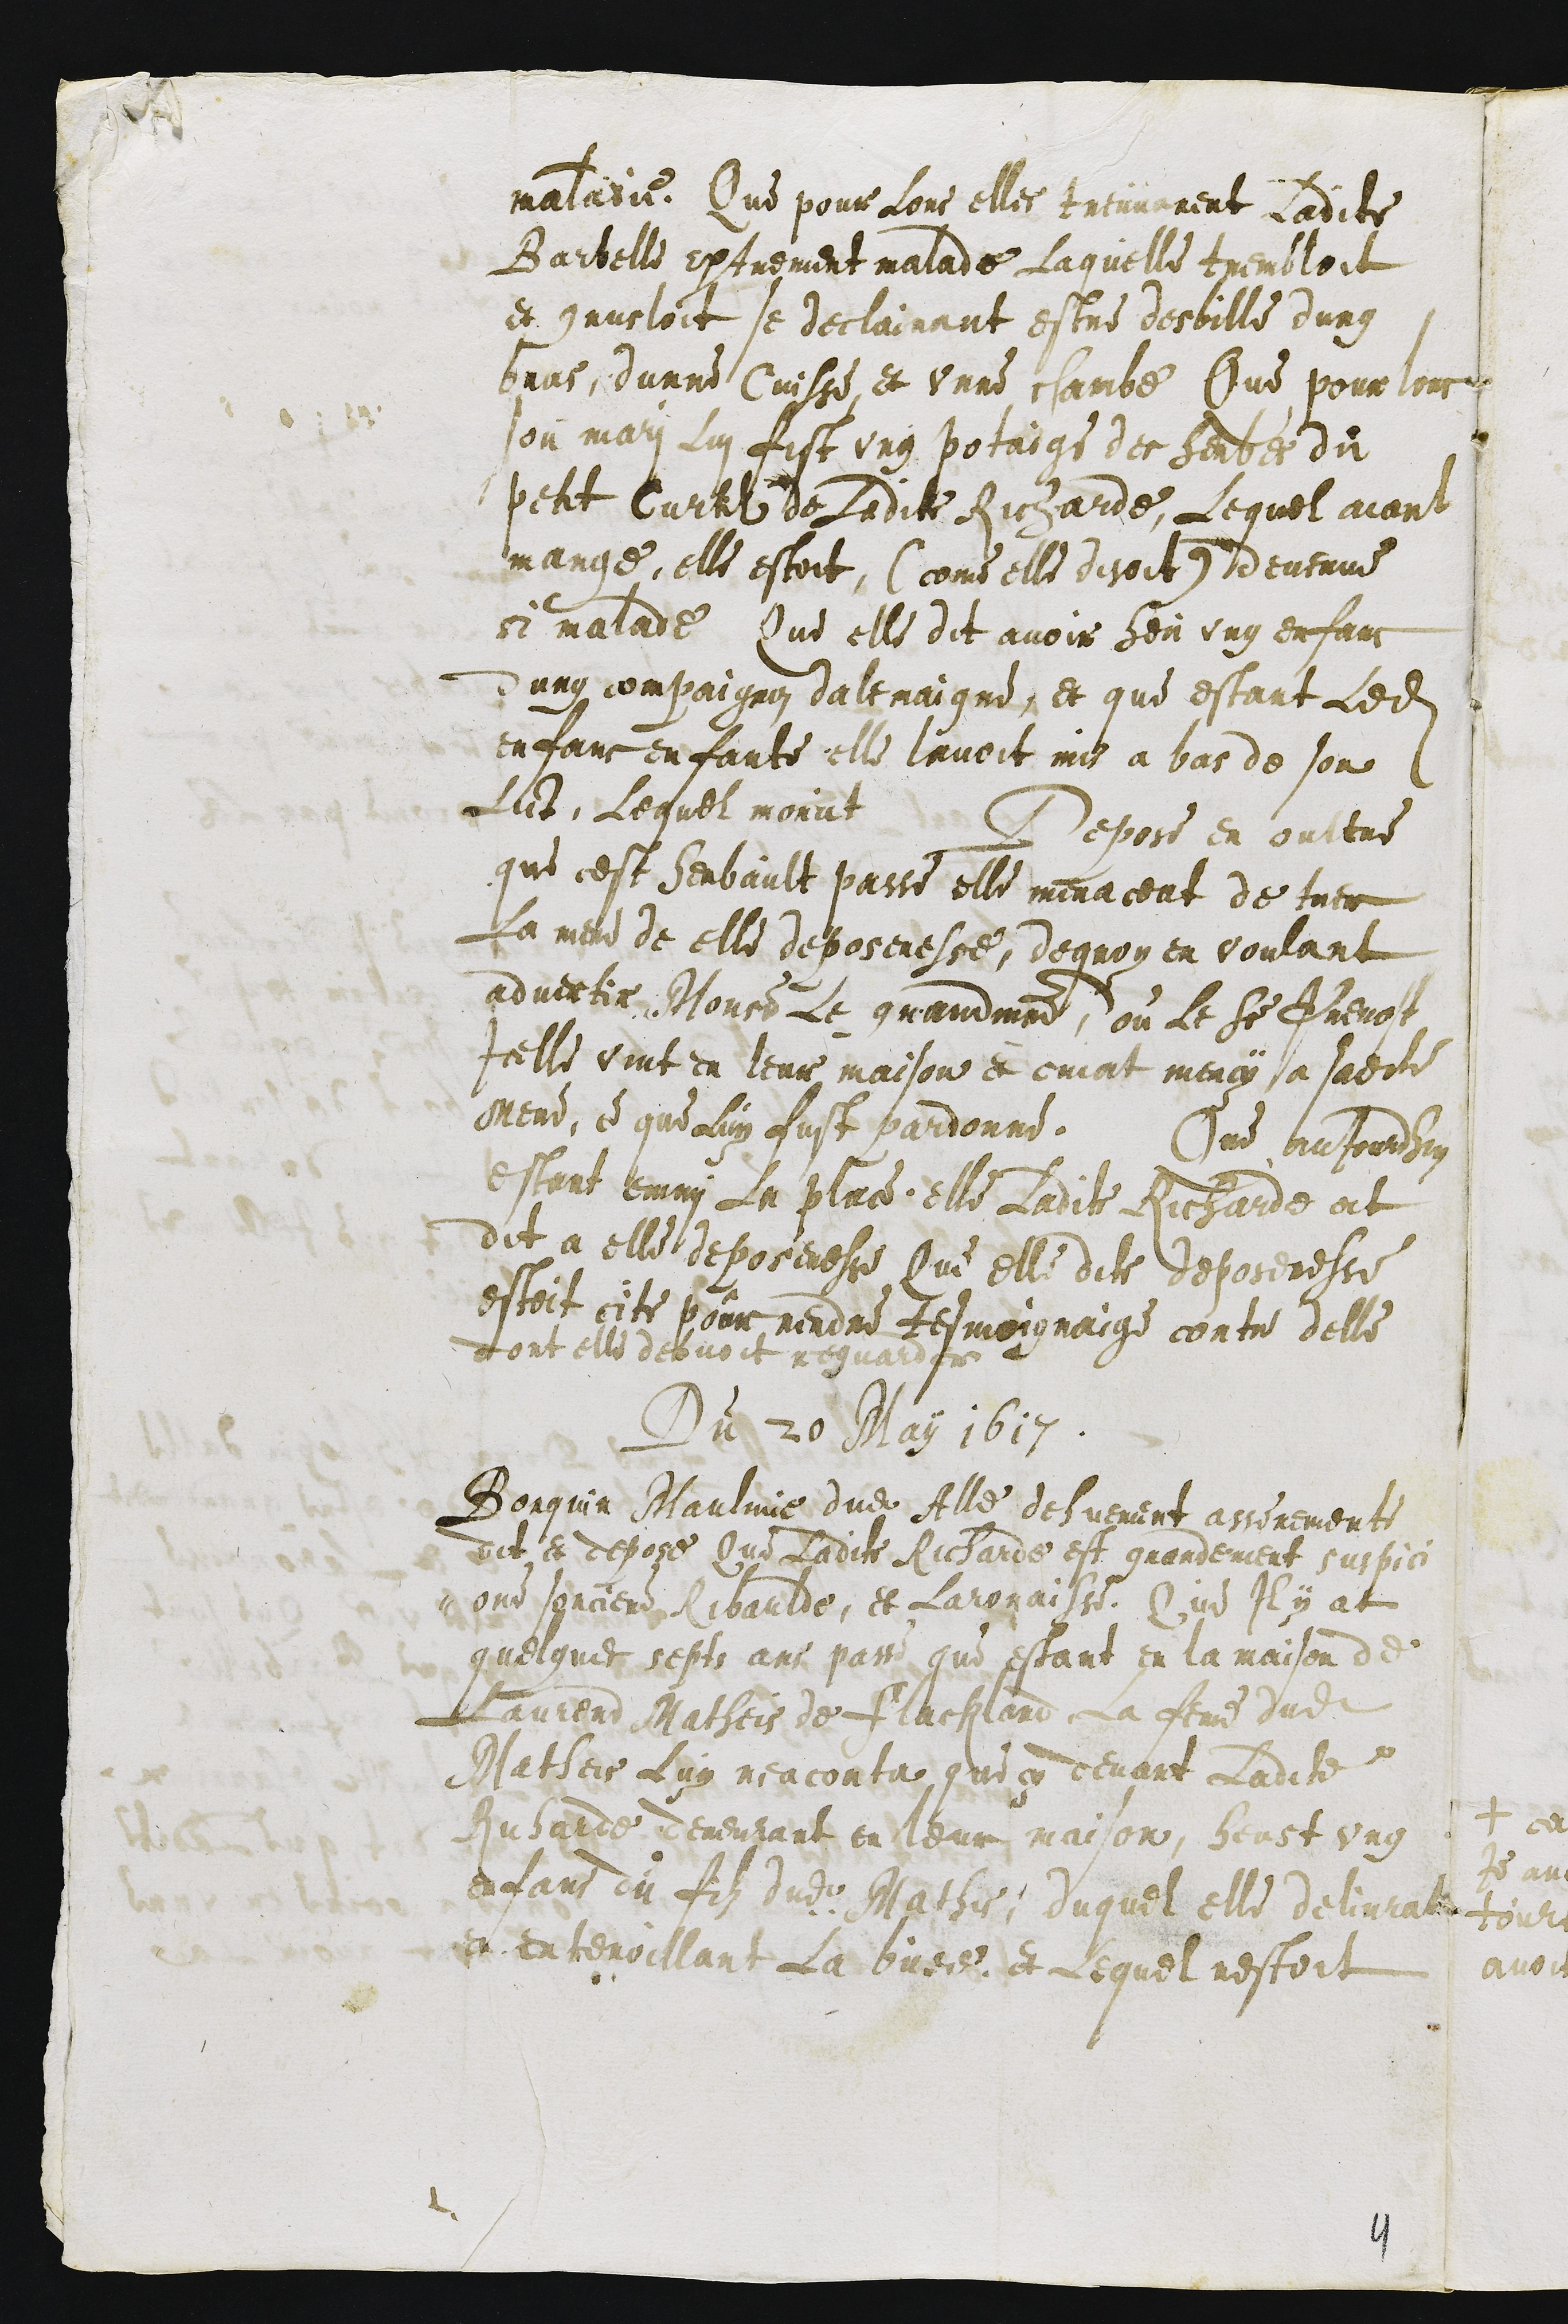
maladie. Que pour lors elles treuvarent ladite
Barbelle extrement malade Laquelle trembloit
et grusloit se declairant estre desbille dung
bras, dunne Cuisse et unne chambe Que pour lors
son mari lui fist ung potaige des herbes du
petit Curtil de ladite Richarde, Lequel aiant
mange, elle estoit (come elle disoit) devenue
si malade Que elle dit avoir heu ung enfans
dung compaignon dalemaigne, et que estant ledit
enfans enfante, elle lavoit mis a bas de son
Lict, Lequel morut Depose en oultre
que cest herbault passe elle menaceat de tuer
La mere de elle deposeresse, dequoy en voulant
advertir Monseigneur Le grandmaitre, ou le Sieur Prevot
Icelle vint en leur maison et criat mercy a sadite
mere, ce que Luy fust pardonne. Que aujourdhui
estant enmy La place elle Ladite Richarde at
dit a elle deposeresse Que elle dite deposeresse
estoit cite pour rendre tesmoignaige contre delle
dont elle debvoit reguarder
Du 20 May 1617
Borquin Maulvue dudit Alle dehuement asseremente
dit et depose Que Ladite Richarde est grandement suspici
-one sorciere Ribaulde, et Laronaisse. Que Il y at
quelque sept ans passe que estant en la maison de
Laurend Matheis de Flackland la femme dudit
Matheis luy reaconta que cy devant Ladite
Richarde demeurant en leur maison, heust ung
enfans du filz dudit Mathis, duquel elle delivrat
en entenoillant La buee, et Lequel nestoit